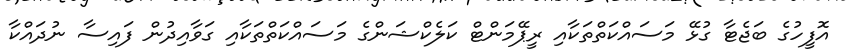
އޮފީހުގެ ބަޖެޓާ ގުޅޭ މަސައްކަތްތަކާއި ރީޕޭމަންޓް ކަލެކްޝަންގެ މަސައްކަތްތަކާއި ގަވާއިދުން ފައިސާ ނުދައްކާ